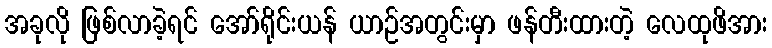
အခုလို ဖြစ်လာခဲ့ရင် အော်ရိုင်းယန် ယာဉ်အတွင်းမှာ ဖန်တီးထားတဲ့ လေထုဖိအား